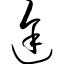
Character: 途